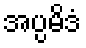
အပ္ပမိဒံ